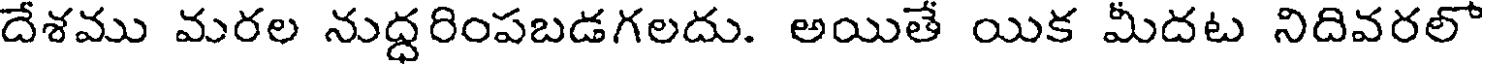
దేశము మరల నుద్ధరింపబడగలదు. అయితే యిక మీదట నిదివరలో